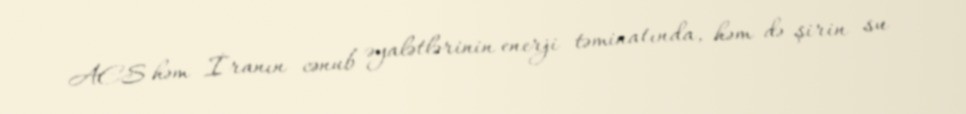
AES həm İranın cənub əyalətlərinin enerji təminatında, həm də şirin su